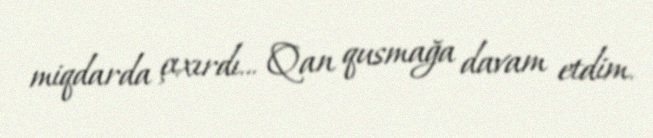
miqdarda çıxırdı... Qan qusmağa davam etdim.